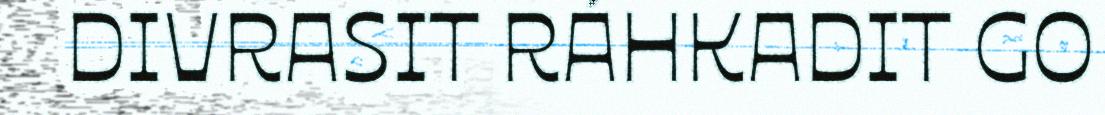
DIVRASIT RÁHKADIT GO